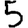
Digit: 5